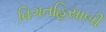
વિગતહિસાબી